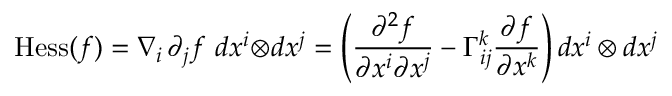
\operatorname { H e s s } ( f ) = \nabla _ { i } \, \partial _ { j } f \ d x ^ { i } \! \otimes \! d x ^ { j } = \left( { \frac { \partial ^ { 2 } f } { \partial x ^ { i } \partial x ^ { j } } } - \Gamma _ { i j } ^ { k } { \frac { \partial f } { \partial x ^ { k } } } \right) d x ^ { i } \otimes d x ^ { j }